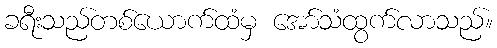
ခရီးသည်တစ်ယောက်ထံမှ အော်သံထွက်လာသည်။